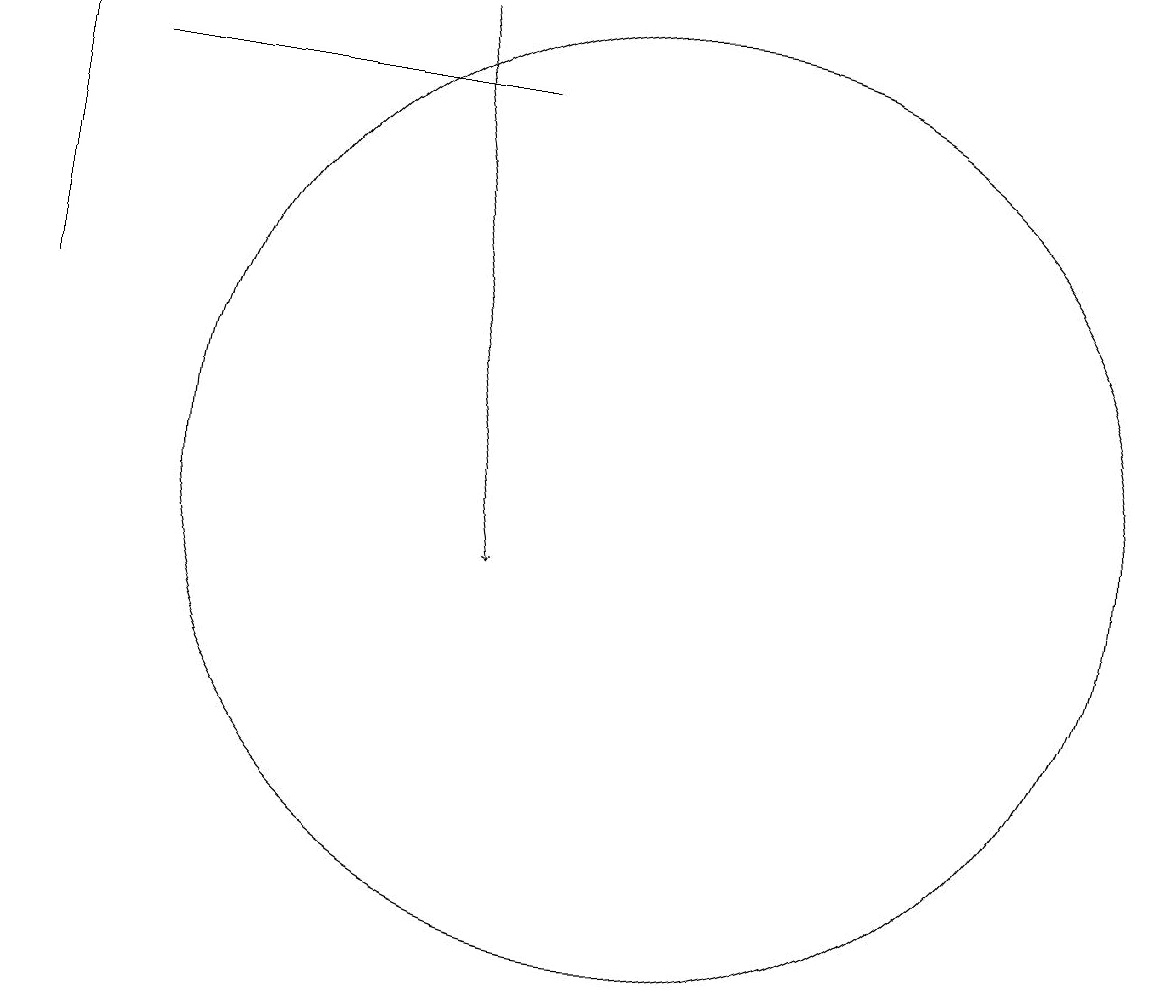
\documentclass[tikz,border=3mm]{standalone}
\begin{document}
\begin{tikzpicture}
\draw (2,17) rectangle (2,13);
\draw (8,16) rectangle (3,16);
\draw[->] (7,17) -- (8,10);
\draw (10,11) circle (6);
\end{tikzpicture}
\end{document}